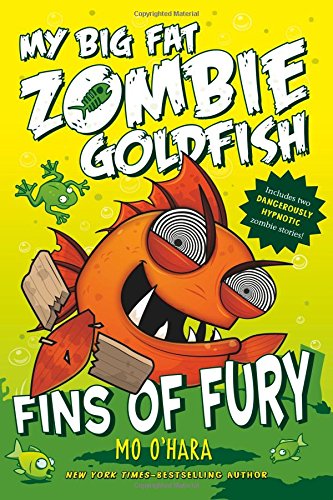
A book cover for My Big Fat Zombie Goldfish: Fins of Fury; Mo O'Hara; Children's Books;